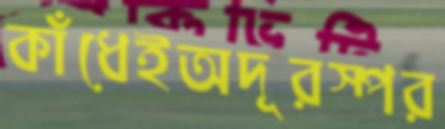
কাঁধেইঅদূরস্পর